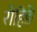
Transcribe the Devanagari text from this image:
रोहिङे